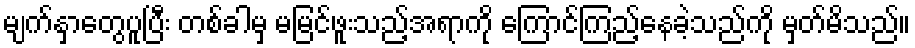
မျက်နှာတွေပူပြီး တစ်ခါမှ မမြင်ဖူးသည့်အရာကို ကြောင်ကြည့်နေခဲ့သည်ကို မှတ်မိသည်။